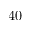
4 0